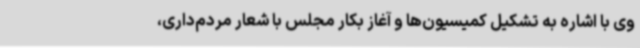
وی با اشاره به تشکیل کمیسیون‌ها و آغاز بکار مجلس با شعار مردم‌داری،